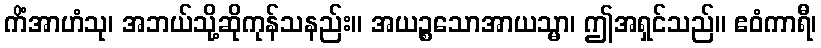
ကိံအာဟံသု၊ အဘယ်သို့ဆိုကုန်သနည်း။ အယဉ္စသောအာယသ္မာ၊ ဤအရှင်သည်။ ဧဝံကာရီ၊